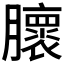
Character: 𰯨